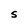
Character: S